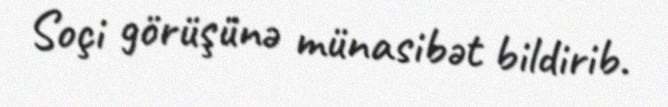
Soçi görüşünə münasibət bildirib.